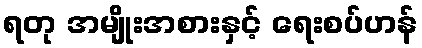
ရတု အမျိုးအစားနှင့် ရေးစပ်ဟန်